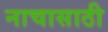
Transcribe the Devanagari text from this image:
नाचासाठी